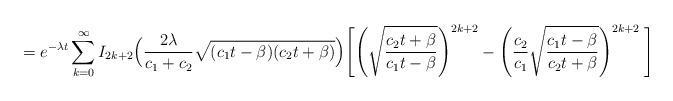
LaTeX: \begin{align*} =e^{-\lambda t}\sum_{k=0}^\infty I_{2k+2}\Bigl(\frac{2\lambda}{c_1+c_2} \sqrt{(c_1t-\beta)(c_2t+\beta)}\Bigr)\Biggl[ \Biggl(\sqrt{\frac{c_2t+\beta}{c_1t-\beta}}\Biggr)^{2k+2}-\Biggl(\frac{c_2}{c_1}\sqrt{\frac{c_1t-\beta}{c_2t+\beta}}\Biggr)^{2k+2}\: \Biggr]\end{align*}